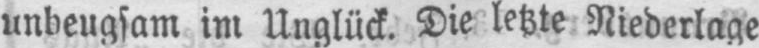
unbeugsam im Unglück. Die letzte Niederlage